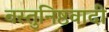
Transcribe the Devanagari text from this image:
वस्तुनिष्ठवादी